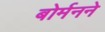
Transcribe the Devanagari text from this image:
बोर्मनने